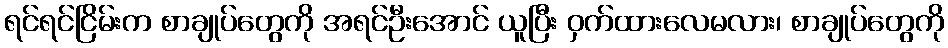
ရင်ရင်ငြိမ်းက စာချုပ်တွေကို အရင်ဦးအောင် ယူပြီး ဝှက်ထားလေမလား၊ စာချုပ်တွေကို